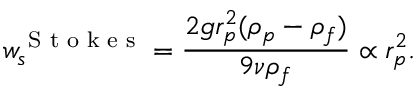
w _ { s } ^ { \textrm { S t o k e s } } = \frac { 2 g r _ { p } ^ { 2 } ( \rho _ { p } - \rho _ { f } ) } { 9 \nu \rho _ { f } } \propto r _ { p } ^ { 2 } .